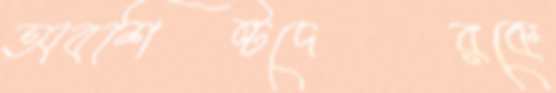
অবশিষ্টদেরকে